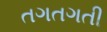
તગતગતી